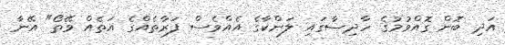
އަދި ބޮން ގޮއްވުމުގެ ހާދިސާގައި ލަންކާގެ އެއްވެސް ފަރާތެއްގެ އަތެއް ވޭތޯ" އޭނާ